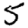
Digit: 5